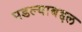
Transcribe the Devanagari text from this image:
पडल्याबद्दल